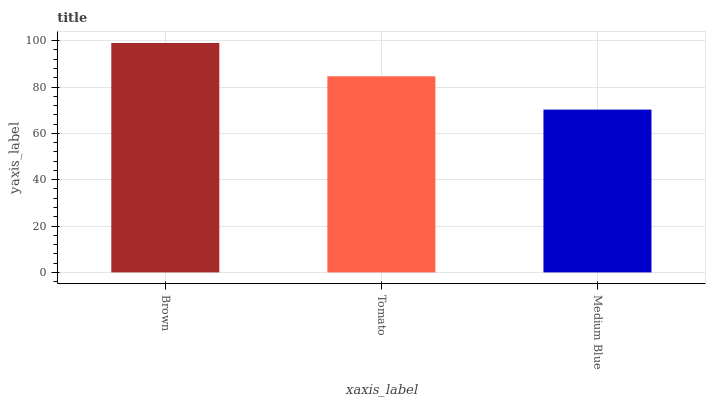
| xaxis_label | bars |
 | --- | --- |
 | Brown | 99 |
 | Tomato | 84.6 |
 | Medium Blue | 70.2 |